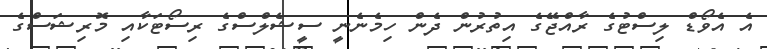
އެ އެވޯޑް ލިސްޓުގެ ރާއްޖޭގެ އިތުރުން ދެން ހިމެނެނީ ސީޝެލްސްގެ ރިސޯޓަކާއި މޮރިޝަސްގެ